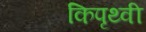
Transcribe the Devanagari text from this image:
किपृथ्वी